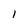
Character: 1